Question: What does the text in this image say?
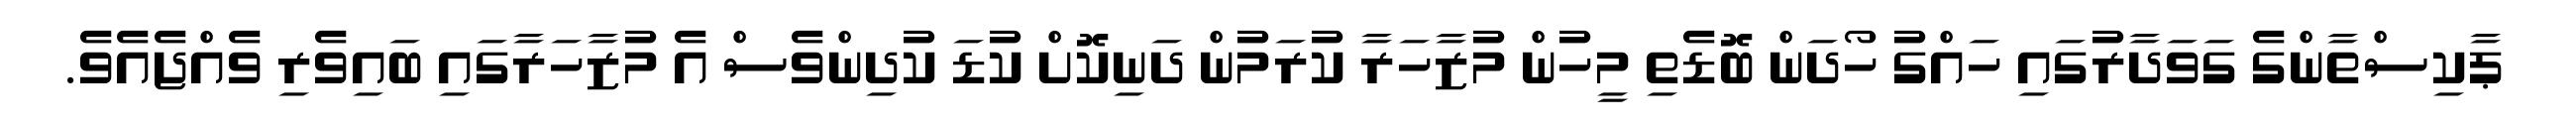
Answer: ޕާކިސްތާންގެ ގަވަދާރުގައި ހައްގު ހޯދަން ބޮޑެތި މީހުން މުޒާހަރާ ކުރަމުން ދަނިކޮށް ކުޑަ ކުދިންވެސް އެ މުޒާހަރާގައި ބައިވެރި ވެއްޖެއެވެ.